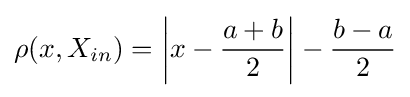
\rho (x,X_{in})=\left|x-{\frac {a+b}{2}}\right|-{\frac {b-a}{2}}